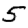
Digit: 5